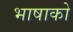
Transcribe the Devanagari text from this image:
भाषाको